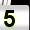
Digit: 5